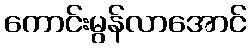
ကောင်းမွန်လာအောင်